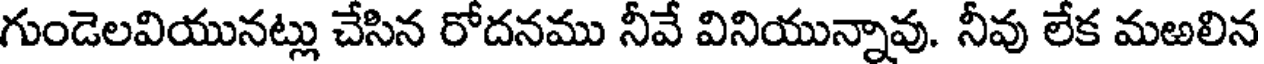
గుండెలవియునట్లు చేసిన రోదనము నీవే వినియున్నావు. నీవు లేక మఱలిన